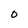
Character: O